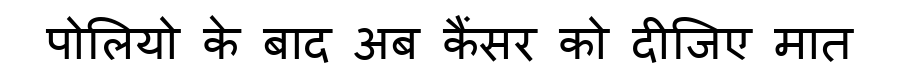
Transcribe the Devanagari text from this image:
पोलियो के बाद अब कैंसर को दीजिए मात